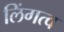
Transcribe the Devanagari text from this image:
लिंगत्व